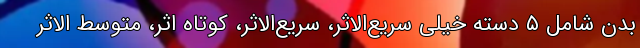
بدن شامل ۵ دسته خیلی سریع‌الاثر، سریع‌الاثر، کوتاه اثر، متوسط الاثر